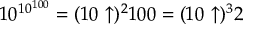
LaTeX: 1 0 ^ { 1 0 ^ { 1 0 0 } } = ( 1 0 \uparrow ) ^ { 2 } 1 0 0 = ( 1 0 \uparrow ) ^ { 3 } 2